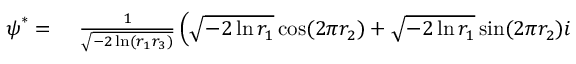
\begin{array} { r l } { \boldsymbol { \psi } ^ { * } = \ } & { { } \frac { 1 } { \sqrt { - 2 \ln ( r _ { 1 } r _ { 3 } ) } } \left( \sqrt { - 2 \ln r _ { 1 } } \cos ( 2 \pi r _ { 2 } ) + \sqrt { - 2 \ln r _ { 1 } } \sin ( 2 \pi r _ { 2 } ) \boldsymbol { i } \right. } \end{array}